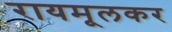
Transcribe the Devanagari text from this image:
रायमूलकर